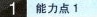
1能力点1